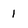
Character: 1